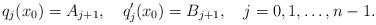
LaTeX: \begin{align*}q_j(x_0)=A_{j+1},\quad q'_{j}(x_0)=B_{j+1},\quad j=0,1,\ldots,n-1.\end{align*}